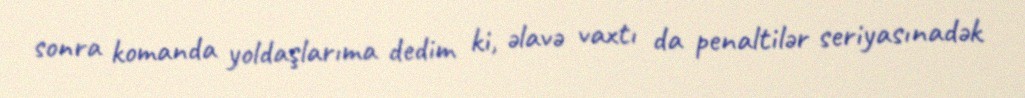
sonra komanda yoldaşlarıma dedim ki, əlavə vaxtı da penaltilər seriyasınadək